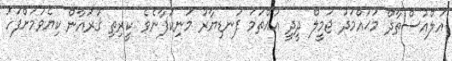
އަލްއުސްތާޛް މުޙައްމަދު ޖަމީލް ދީދީ އުއްތަމަ ފަނޑިޔާރު މަނިކުފާނެވެ .ކީރިތި ޤުރުއާން ކިޔެވުމަށްފަހު